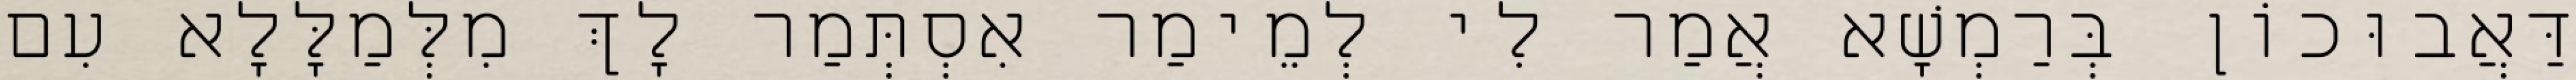
דַּאֲבוּכוֹן בְּרַמְשָׁא אֲמַר לִי לְמֵימַר אִסְתְּמַר לָךְ מִלְּמַלָּלָא עִם